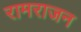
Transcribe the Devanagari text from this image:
रामराजन